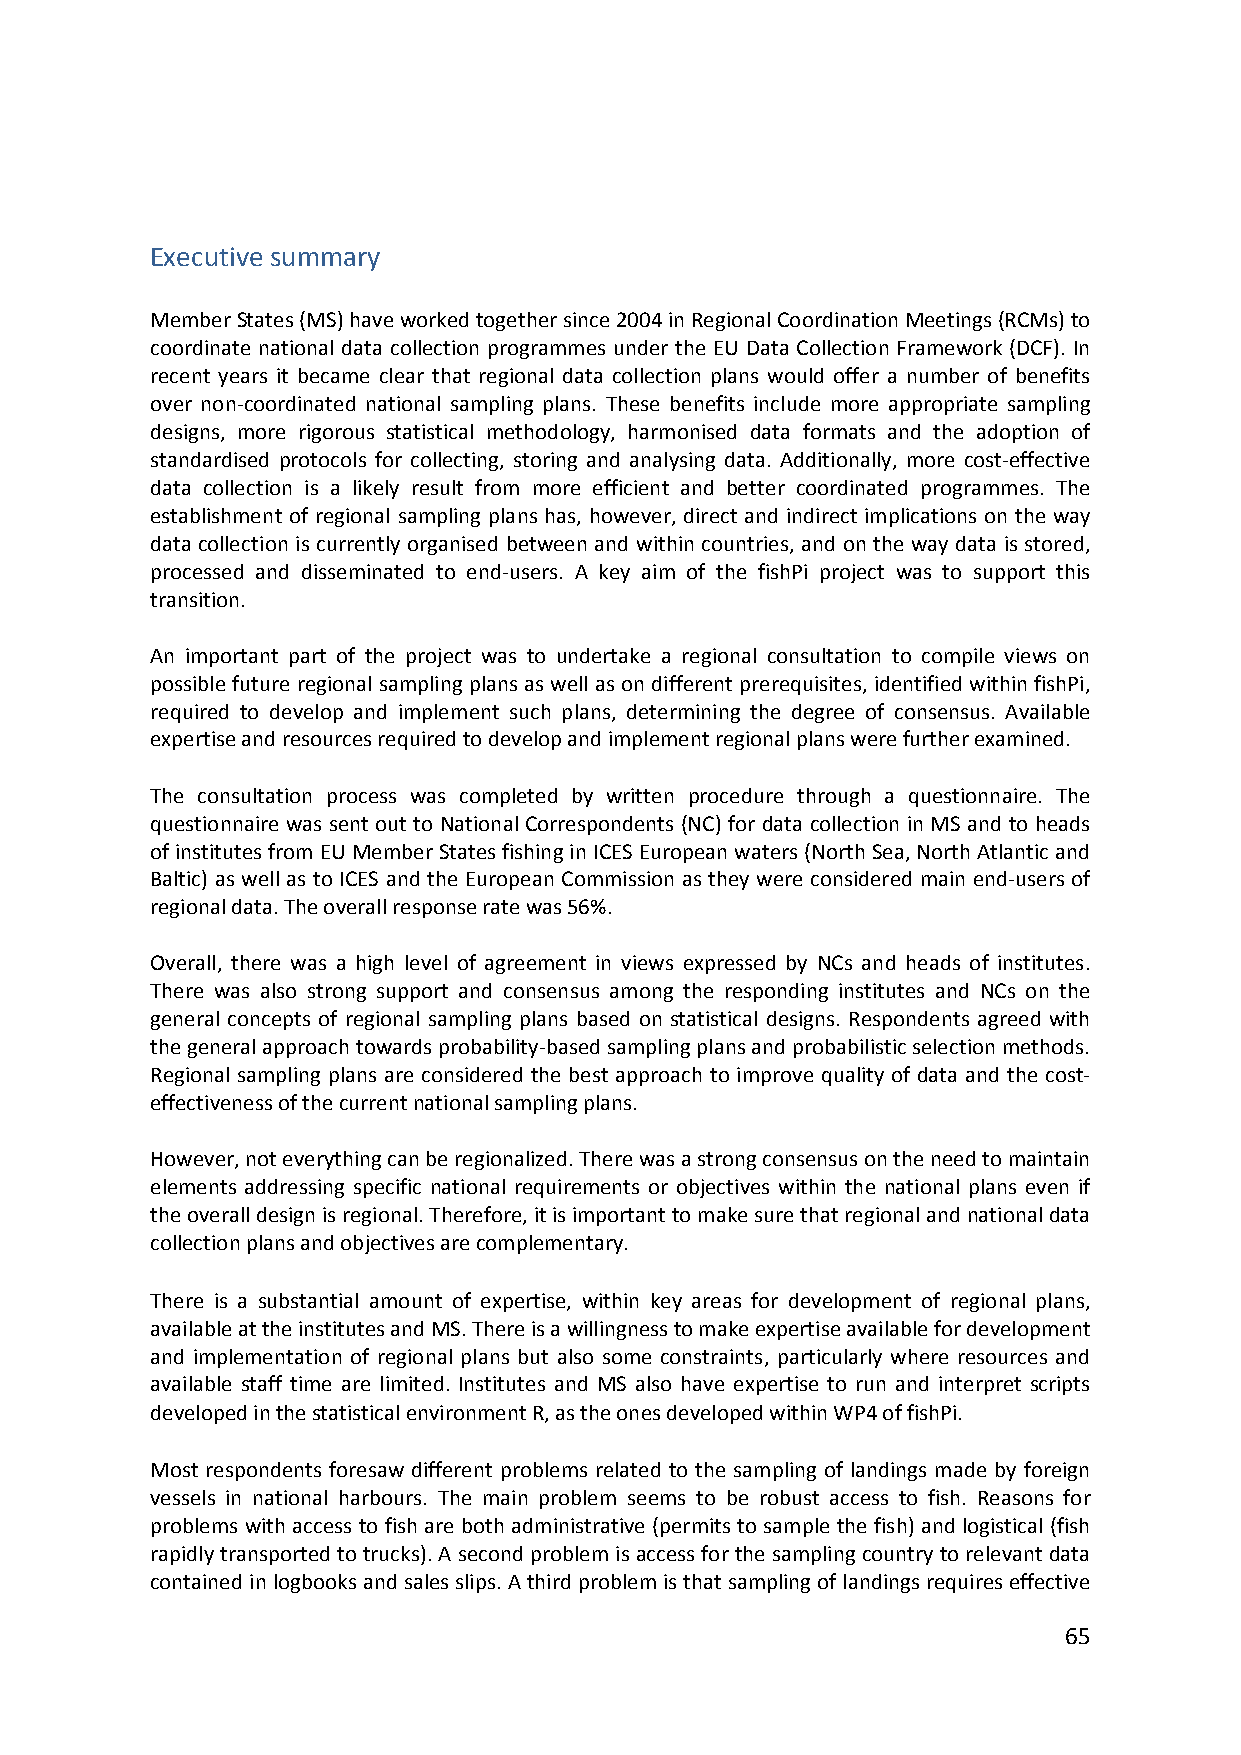
Executive summary
 Member States (MS) have worked together since 2004 in Regional Coordination Meetings (RCMs) to
 coordinate national data collection programmes under the EU Data Collection Framework (DCF). In
 recent years it became clear that regional data collection plans would offer a number of benefits
 over non‐coordinated national sampling plans. These benefits include more appropriate sampling
 designs, more rigorous statistical methodology, harmonised data formats and the adoption of
 standardised protocols for collecting, storing and analysing data. Additionally, more cost‐effective
 data collection is a likely result from more efficient and better coordinated programmes. The
 establishment of regional sampling plans has, however, direct and indirect implications on the way
 data collection is currently organised between and within countries, and on the way data is stored,
 processed and disseminated to end‐users. A key aim of the fishPi project was to support this
 transition.
 An important part of the project was to undertake a regional consultation to compile views on
 possible future regional sampling plans as well as on different prerequisites, identified within fishPi,
 required to develop and implement such plans, determining the degree of consensus. Available
 expertise and resources required to develop and implement regional plans were further examined.
 The consultation process was completed by written procedure through a questionnaire. The
 questionnaire was sent out to National Correspondents (NC) for data collection in MS and to heads
 of institutes from EU Member States fishing in ICES European waters (North Sea, North Atlantic and
 Baltic) as well as to ICES and the European Commission as they were considered main end‐users of
 regional data. The overall response rate was 56%.
 Overall, there was a high level of agreement in views expressed by NCs and heads of institutes.
 There was also strong support and consensus among the responding institutes and NCs on the
 general concepts of regional sampling plans based on statistical designs. Respondents agreed with
 the general approach towards probability‐based sampling plans and probabilistic selection methods.
 Regional sampling plans are considered the best approach to improve quality of data and the cost‐
 effectiveness of the current national sampling plans.
 However, not everything can be regionalized. There was a strong consensus on the need to maintain
 elements addressing specific national requirements or objectives within the national plans even if
 the overall design is regional. Therefore, it is important to make sure that regional and national data
 collection plans and objectives are complementary.
 There is a substantial amount of expertise, within key areas for development of regional plans,
 available at the institutes and MS. There is a willingness to make expertise available for development
 and implementation of regional plans but also some constraints, particularly where resources and
 available staff time are limited. Institutes and MS also have expertise to run and interpret scripts
 developed in the statistical environment R, as the ones developed within WP4 of fishPi.
 Most respondents foresaw different problems related to the sampling of landings made by foreign
 vessels in national harbours. The main problem seems to be robust access to fish. Reasons for
 problems with access to fish are both administrative (permits to sample the fish) and logistical (fish
 rapidly transported to trucks). A second problem is access for the sampling country to relevant data
 contained in logbooks and sales slips. A third problem is that sampling of landings requires effective
 65